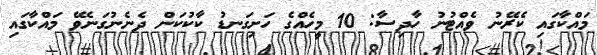
މައްކާގައި ކެރޭނު ވެއްޓުނު ހާދިސާ: 10 މީހެއްގެ ހަށިގަނޑު ކާކުކަން ދެނެނުގަނެވޭ މައްކާގައި